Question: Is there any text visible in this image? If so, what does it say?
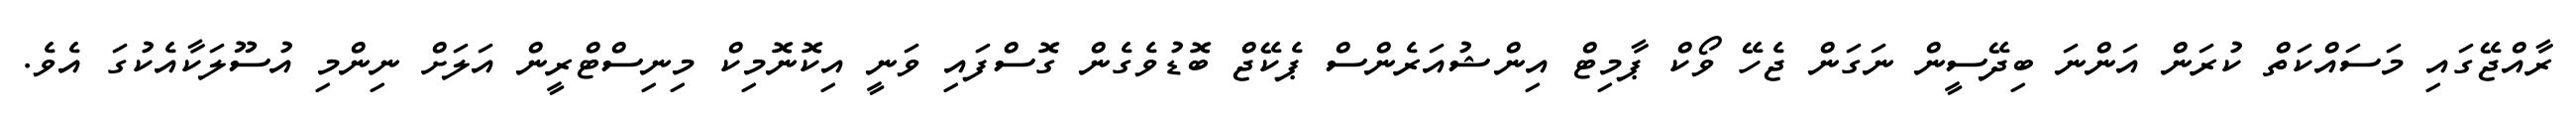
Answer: ރާއްޖޭގައި މަސައްކަތް ކުރަން އަންނަ ބިދޭސީން ނަގަން ޖެހޭ ވޯކް ޕާމިޓް އިންޝުއަރެންސް ޕެކޭޖް ބޮޑުވެގެން ގޮސްފައި ވަނީ އިކޮނޮމިކް މިނިސްޓްރީން އަލަށް ނިންމި އުސޫލަކާއެކުގަ އެވެ.